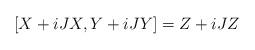
LaTeX: \begin{align*} [X+iJX,Y+iJY]=Z+iJZ\end{align*}